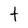
Character: t